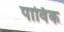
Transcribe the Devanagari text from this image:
पार्विक